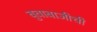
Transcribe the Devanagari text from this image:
बुवाबाजीची